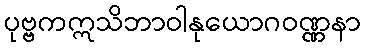
ပုဗ္ဗကဣသိဘာဝါနုယောဂဝဏ္ဏနာ